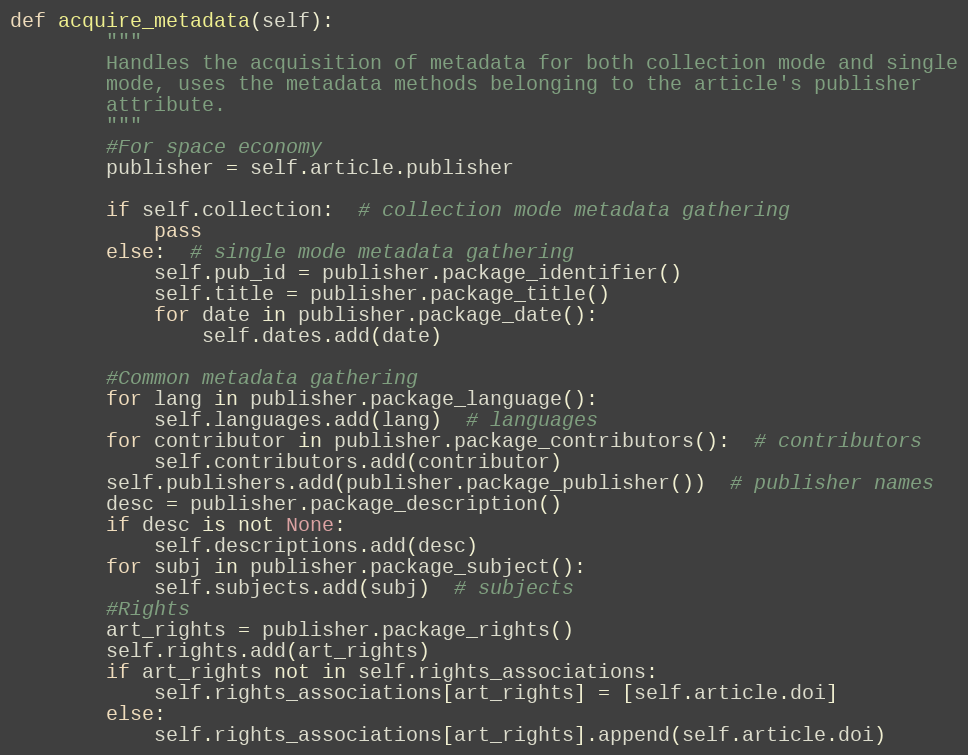
Language: Python
def acquire_metadata(self):
        """
        Handles the acquisition of metadata for both collection mode and single
        mode, uses the metadata methods belonging to the article's publisher
        attribute.
        """
        #For space economy
        publisher = self.article.publisher

        if self.collection:  # collection mode metadata gathering
            pass
        else:  # single mode metadata gathering
            self.pub_id = publisher.package_identifier()
            self.title = publisher.package_title()
            for date in publisher.package_date():
                self.dates.add(date)

        #Common metadata gathering
        for lang in publisher.package_language():
            self.languages.add(lang)  # languages
        for contributor in publisher.package_contributors():  # contributors
            self.contributors.add(contributor)
        self.publishers.add(publisher.package_publisher())  # publisher names
        desc = publisher.package_description()
        if desc is not None:
            self.descriptions.add(desc)
        for subj in publisher.package_subject():
            self.subjects.add(subj)  # subjects
        #Rights
        art_rights = publisher.package_rights()
        self.rights.add(art_rights)
        if art_rights not in self.rights_associations:
            self.rights_associations[art_rights] = [self.article.doi]
        else:
            self.rights_associations[art_rights].append(self.article.doi)